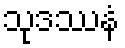
သုဒဿနံ